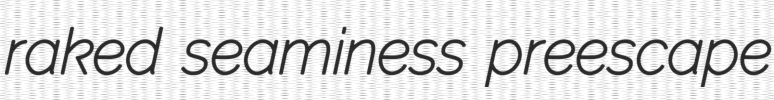
raked seaminess preescape